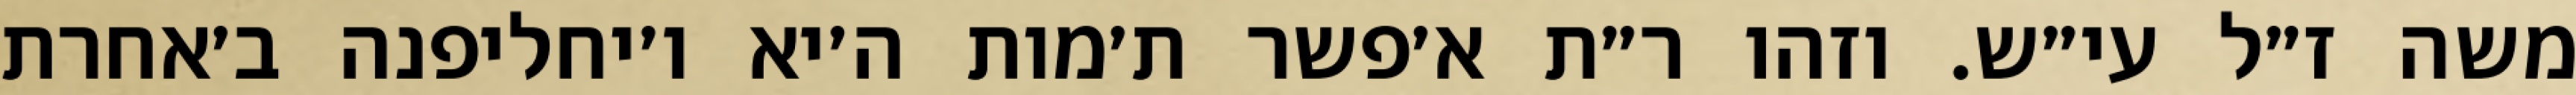
משה ז״ל עי״ש. וזהו ר״ת א׳פשר ת׳מות ה׳יא ו׳יחליפנה ב׳אחרת